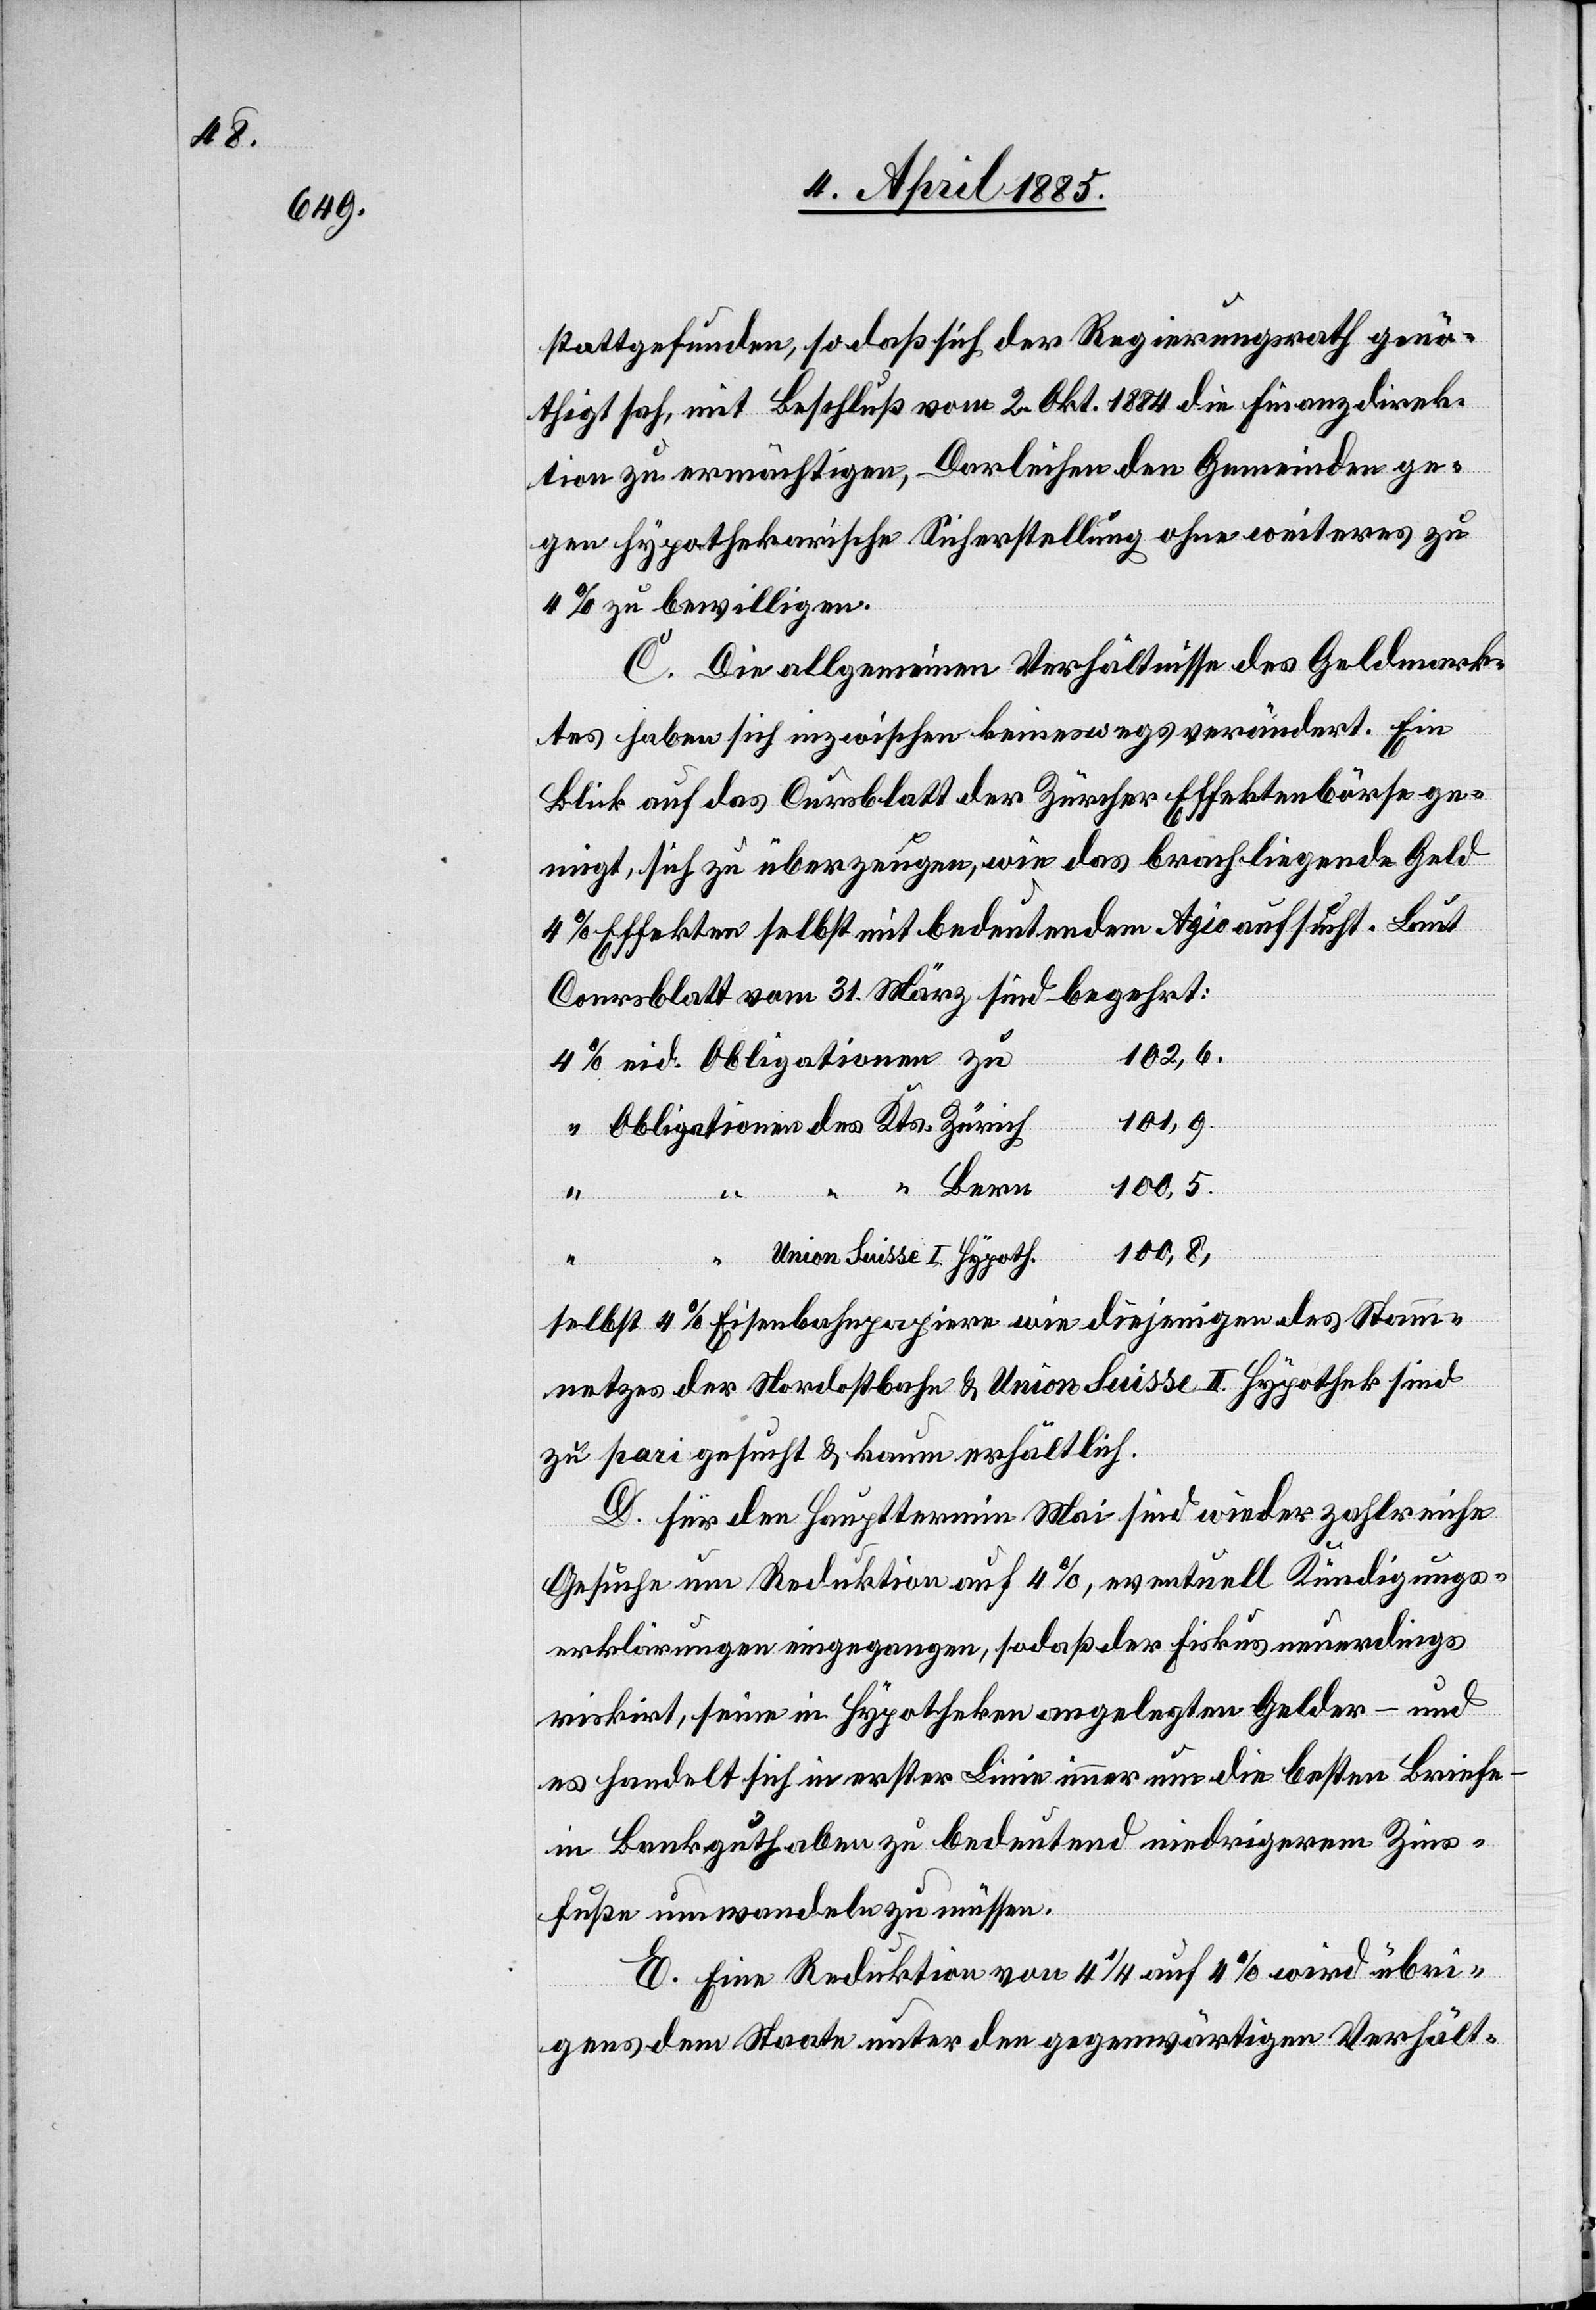
stattgefunden, so daß sich der Regierungsrath genö¬
thigt sah, mit Beschluß vom 2. Okt. 1884 die Finanzdirek¬
tion zu ermächtigen, Darleihen den Gemeinden ge¬
gen hypothekarische Sicherstellung ohne weiteres zu
4% zu bewilligen.
C. Die allgemeinen Verhältnisse des Geldmark¬
tes haben sich inzwischen keineswegs verändert. Ein
Blick auf das Cursblatt der Zürcher Effektenbörse ge¬
neigt, sich zu überzeugen. wie das brachliegende Geld
4% Effekten selbst mit bedeutenden Agio aufsucht. Laut
Coursblatt vom 31. März sind begehrt:
102,6.
eid. Obligationen zu
101,9.
Bern
100,8.
Zürich
Union Suisse I. Hypoth.
selbst 4% Eisenbahnpapiere wie diejenigen des Stam¬
mnetzes der Nordostbahn & Union Suisse II. Hypothek sind
zu pari gesucht & kaum erhältlich.
D. Für den Haupttermin Mai sind wieder zahlreiche
Gesuche um Reduktion auf 4%, eventuell Kündigungs¬
erklärungen eingegangen, sodaß der Fiskus neuerdings
riskiert, seine in Hypotheken angelegten Gelder – und
es handelt sich in erster Linie immer um die besten Briefe
in Bankguthaben zu bedeutend niedrigerem Zins¬
fuße umwandeln zu müssen.
E. Eine Reduktion von 4 1/4 auf 4% wird übri¬
gens dem Staate unter den gegenwärtigen Verhält-